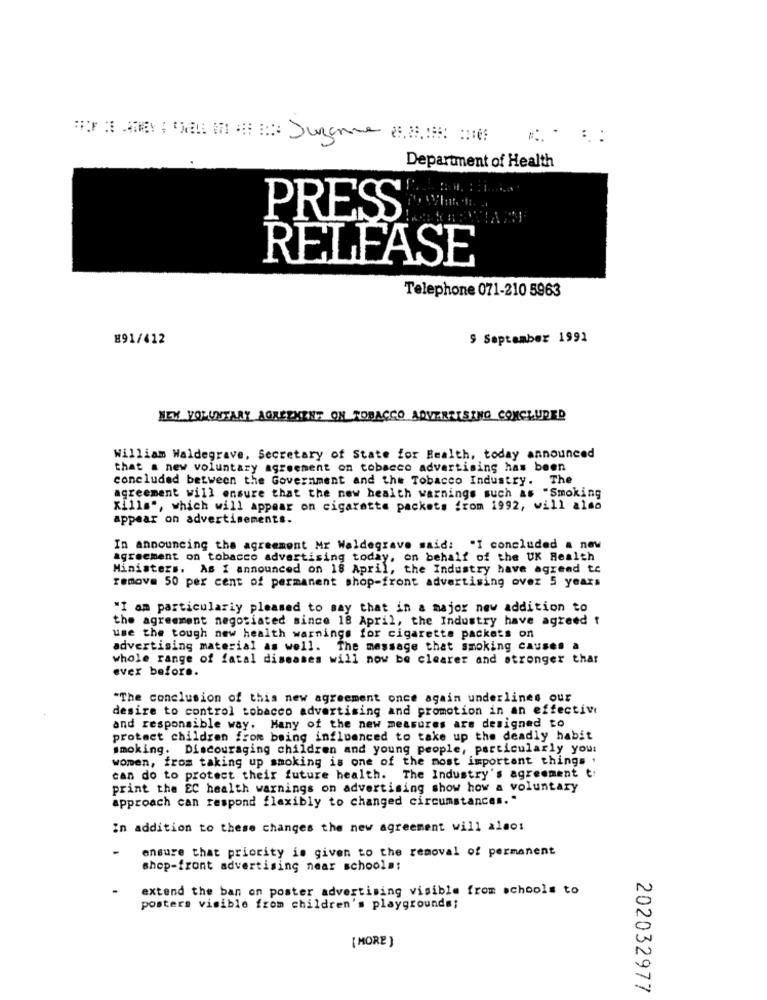
Department of Health
PRESS
RELEASE
Telephone 071-210 5963
891/412
9 September 1991
NEX VOLUNTARY AGREEMENT ON TOBACCO ADVERTISING CONCLUDED
William Waldegrave, Secretary of State for Health, today announced
that a new voluntary agreement on tobacco advertising has been
concluded between the Government and the Tobacco Industry. The
agreement will ensure that the new health warnings such as "Smoking
Kills", which will appear on cigarette packets from 1992, will also
appear on advertisements.
In announcing the agreement Mr Waldegrave said: "I concluded a new
agreement on tobacco advertising today, on behalf of the UK Health
Ministers. As I announced on 18 April, the Industry have agreed te
remove 50 per cent of permanent shop-front advertising over 5 years
"I am particularly pleased to say that in a major new addition to
the agreement negotiated since 18 April, the Industry have agreed t
use the tough new health warnings for cigaretts packets on
advertising material as well. The message that smoking causes a
whole range of fatal diseases will now be clearer and stronger thar
ever before.
"The conclusion of this new agreement once again underlines our
desire to control tobacco advertising and promotion in an effective
and responsible way. Many of the new measures are designed to
protect children from being influenced to take up the deadly habit
smoking. Discouraging children and young people, particularly you:
women, from taking up smoking is one of the most important things .
can do to protect their future health. The Industry's agreement t:
print the EC health warnings on advertising show how a voluntary
approach can respond flexibly to changed circumstances. "
In addition to these changes the new agreement will also:
ensure that priority is given to the removal of permanent
shop-front advertising near schools;
extend the ban on poster advertising visible from schools to
posters visible from children's playgrounds;
[ MORE )
202032977